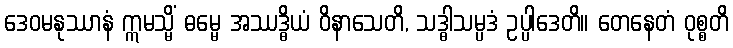
ဒေဝမနုဿာနံ ဣမသ္မိံ ဓမ္မေ အဿဒ္ဓိယံ ဝိနာသေတိ, သဒ္ဓါသမ္ပဒံ ဥပ္ပါဒေတိ။ တေနေတံ ဝုစ္စတိ